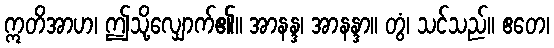
ဣတိအာဟ၊ ဤသို့လျှောက်၏။ အာနန္ဒ၊ အာနန္ဒာ။ တွံ၊ သင်သည်။ ဧတေ၊